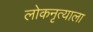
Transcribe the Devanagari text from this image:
लोकनृत्याला